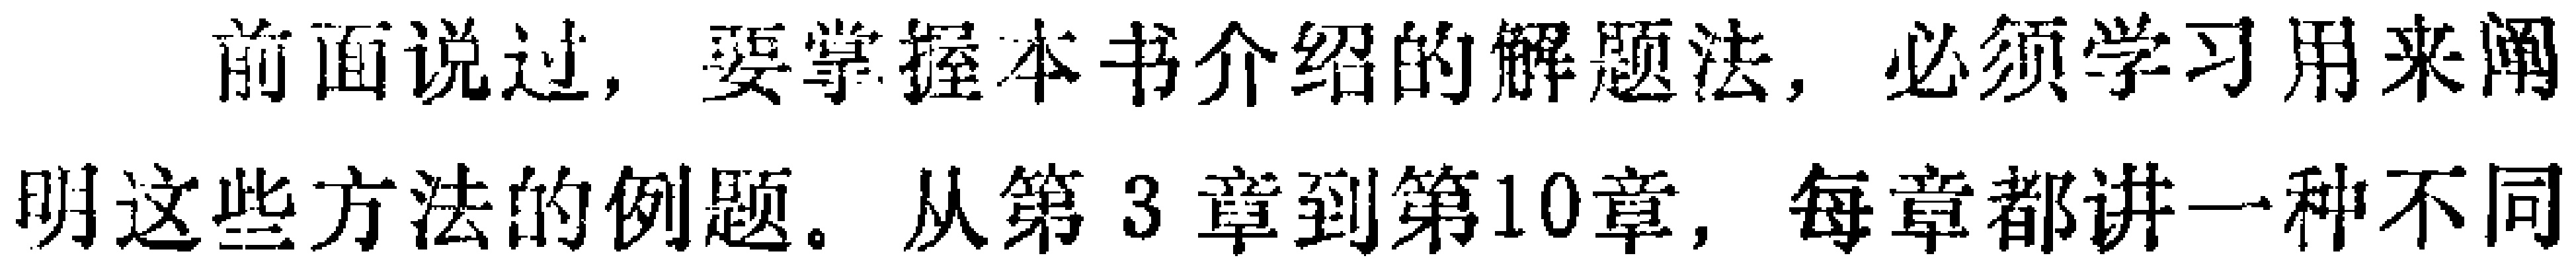
前面说过，要掌握本书介绍的解题法，必须学习用来阐
明这些方法的例题。从第3章到第10章，每章都讲一种不同